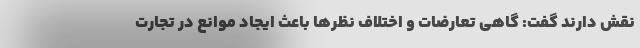
نقش دارند گفت: گاهی تعارضات و اختلاف نظرها باعث ایجاد موانع در تجارت